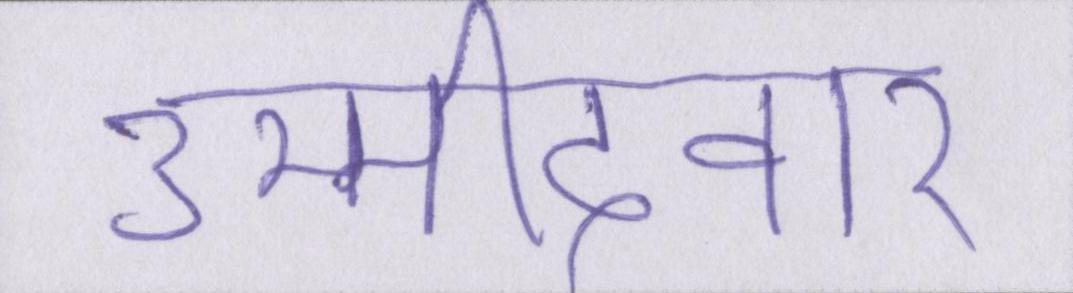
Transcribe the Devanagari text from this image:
उम्मीदवार